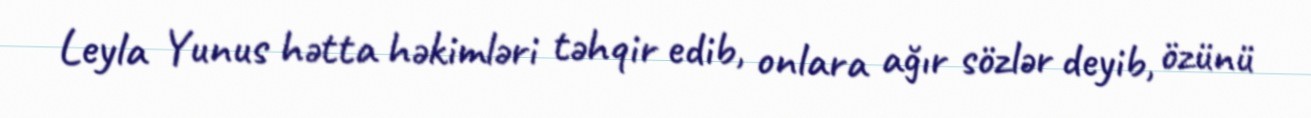
Leyla Yunus hətta həkimləri təhqir edib, onlara ağır sözlər deyib, özünü